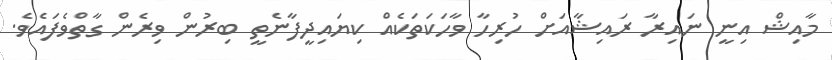
މާއިޝް އިނީ ނައިރާ ރައިޝާއަށް ހުރިހާ ވާހަކަތަކެއް ކިޔައިދީފާނެތީ ބިރުން ވިރެން ގާތްވެފައެވެ.